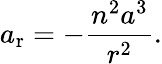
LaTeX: a_{\mathrm{r}}=-{\frac{n^{2}a^{3}}{r^{2}}}.